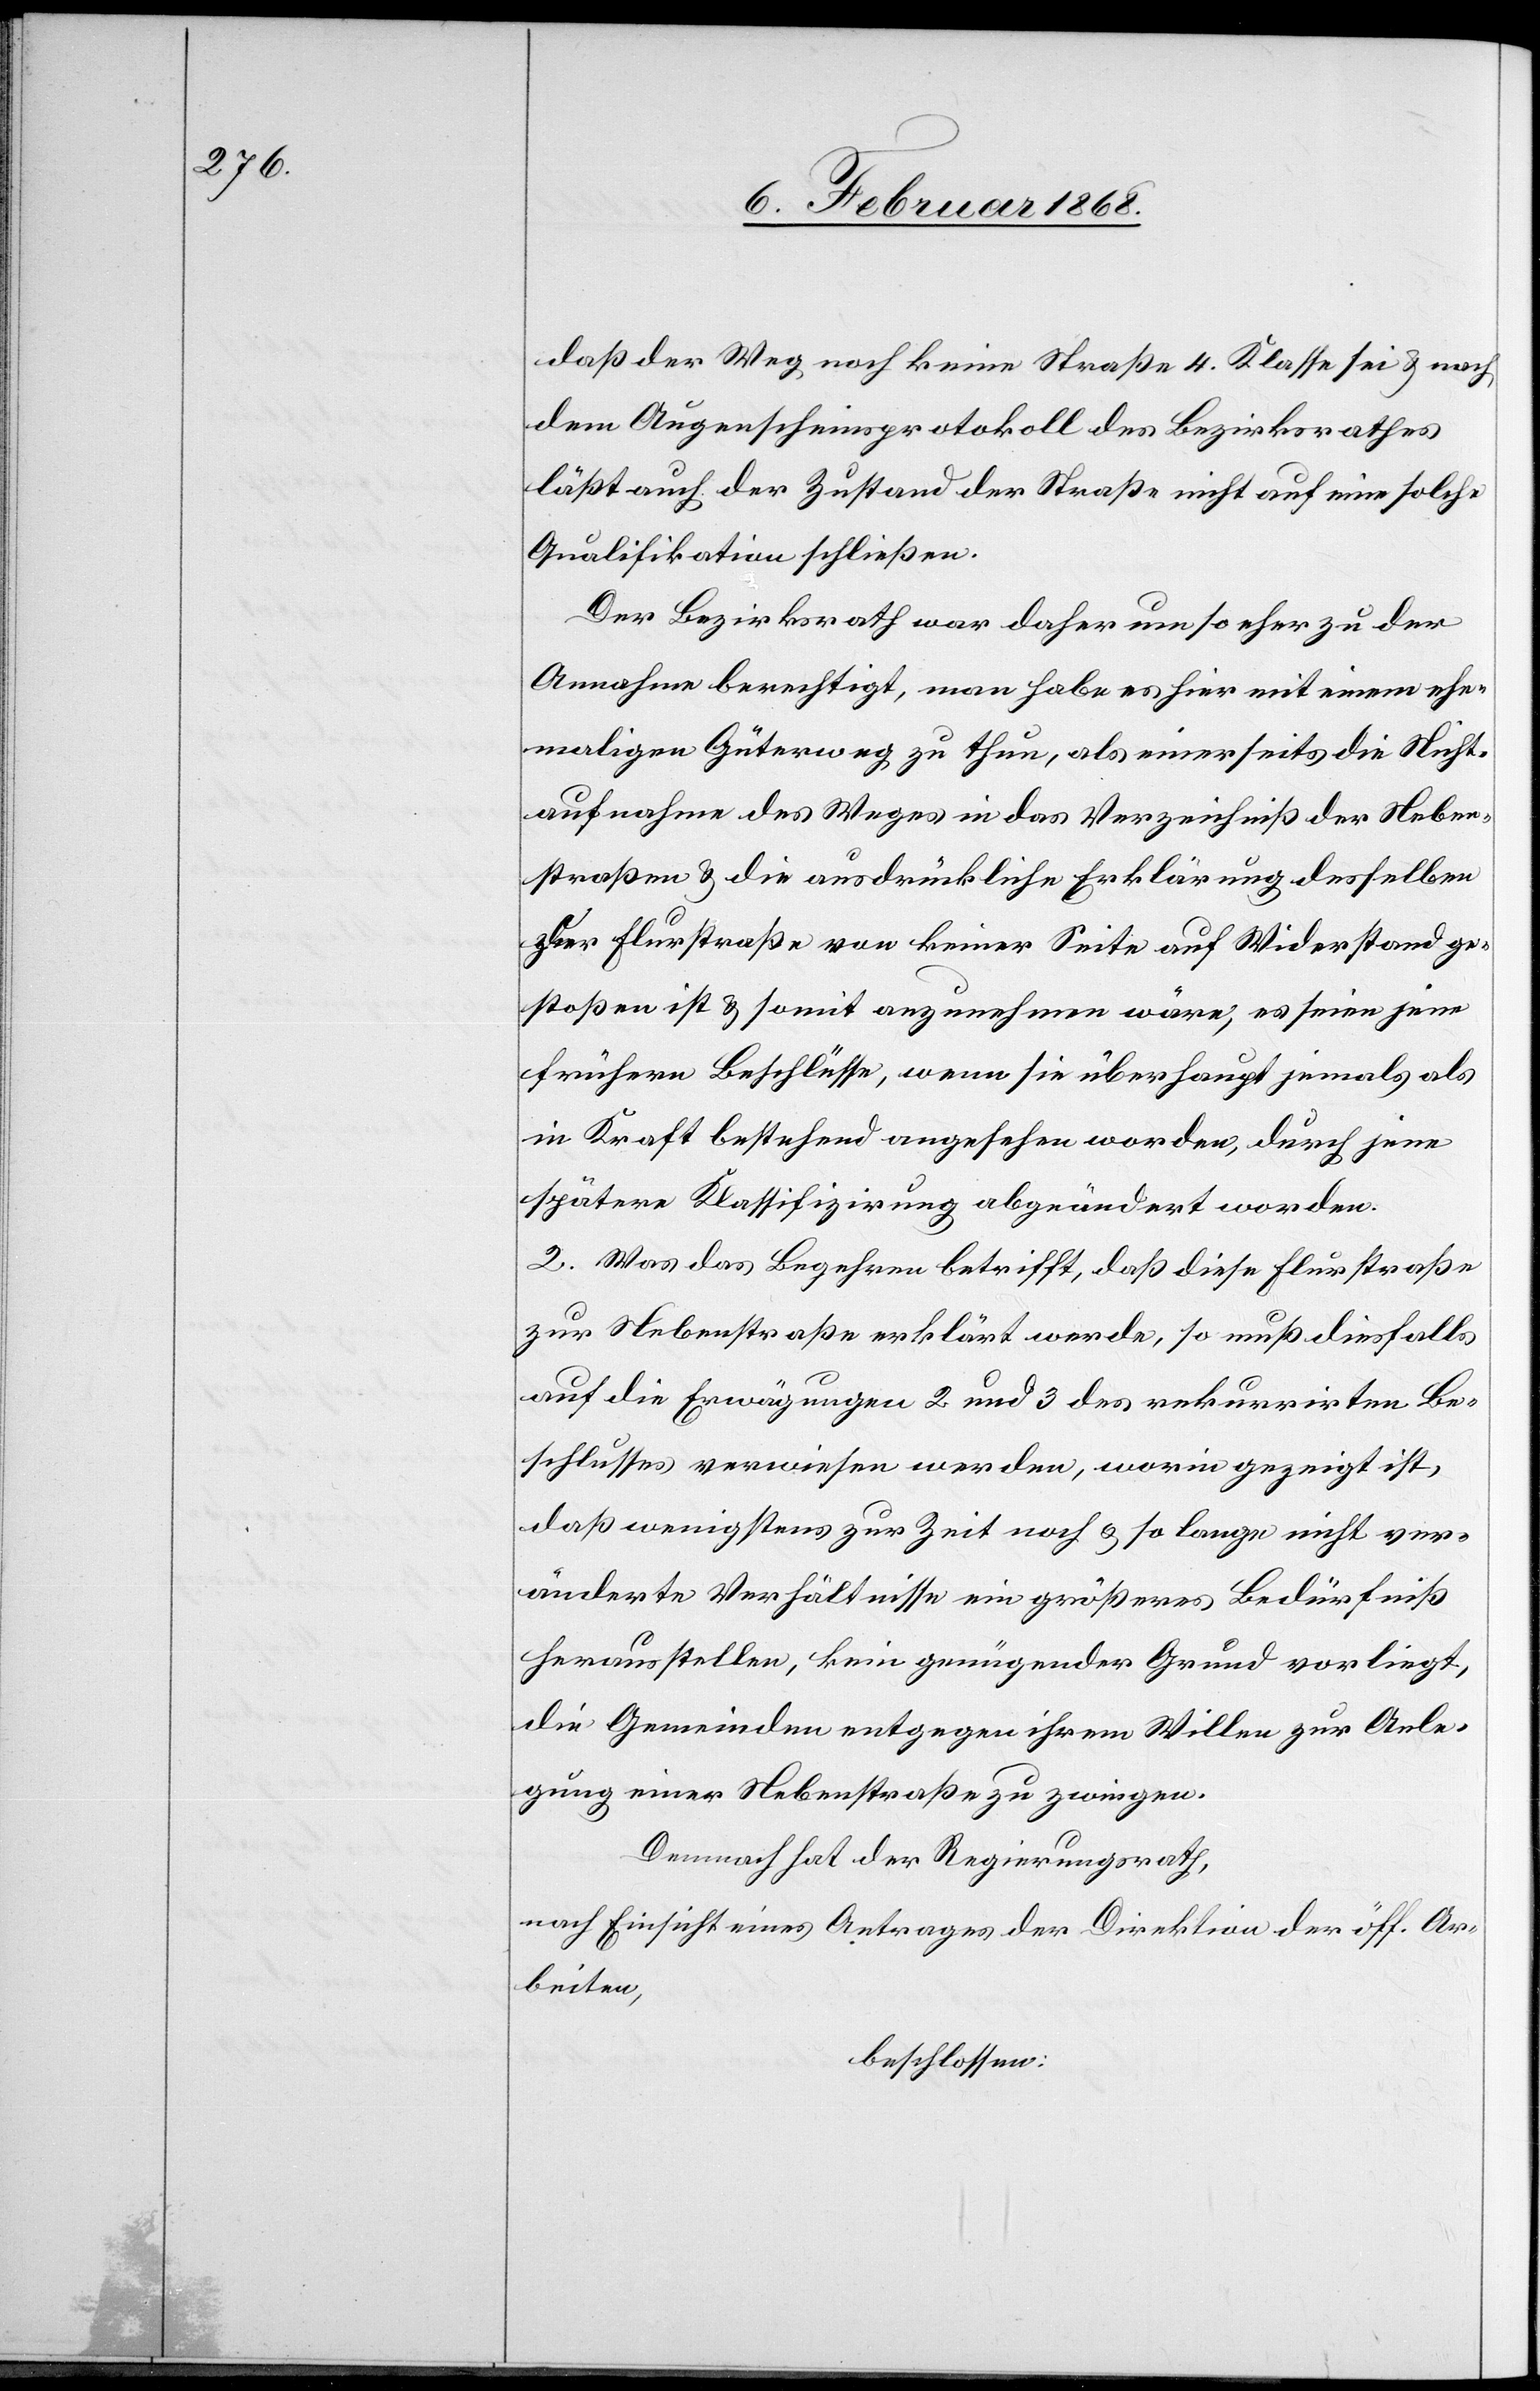
daß der Weg noch keine Straße 4. Klasse sei & nach
dem Augenscheinsprotokoll des Bezirksrathes
läßt auch der Zustand der Straße nicht auf eine solche
Qualifikation schließen.
Der Bezirksrath war daher umso eher zu der
Annahme berechtigt, man habe es hier mit einem ehe¬
maligen Güterweg zu thun, als einerseits die Nicht¬
aufnahme des Weges in das Verzeichniß der Neben¬
straßen & die ausdrückliche Erklärung desselben
zur Flurstraße von keiner Seite auf Widerstand ge¬
stoßen ist & somit anzunehmen wäre, es seien jene
frühern Beschlüsse, wenn sie überhaupt jemals als
in Kraft bestehend angesehen worden, durch jene
spätere Klassifizirung abgeändert worden.
2. Was das Begehren betrifft, daß diese Flurstraße
zur Nebenstraße erklärt werde, so muß diesfalls
auf die Erwägungen 2 und 3 des rekurrirten Be¬
schlusses verwiesen werden, worin gezeigt ist,
daß wenigstens zur Zeit noch & so lange nicht ver¬
änderte Verhältnisse ein größeres Bedürfniß
herausstellen, kein genügender Grund vorliegt,
die Gemeinden entgegen ihrem Willen zur Anle¬
gung einer Nebenstraße zu zwingen.
Demnach hat der Regierungsrath,
nach Einsicht eines Antrages der Direktion der öff. Ar¬
beiten,
beschlossen: